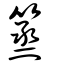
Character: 篜